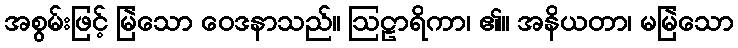
အစွမ်းဖြင့် မြဲသော ဝေဒနာသည်။ ဩဠာရိကာ၊ ၏။ အနိယတာ၊ မမြဲသော